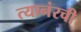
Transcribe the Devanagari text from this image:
त्यानंरची